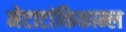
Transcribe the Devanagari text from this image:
मेटाटांकिकाम्ल